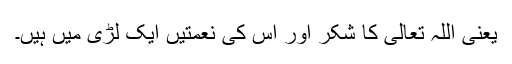
یعنی اللہ تعالیٰ کا شکر اور اس کی نعمتیں ایک لڑی میں ہیں۔